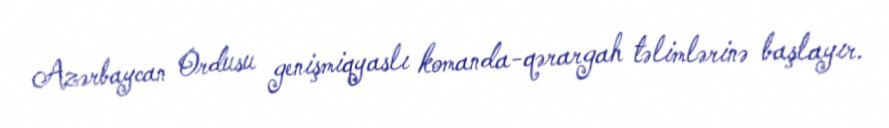
Azərbaycan Ordusu genişmiqyaslı komanda-qərargah təlimlərinə başlayır.